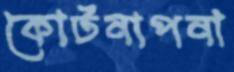
কোটনাপনা